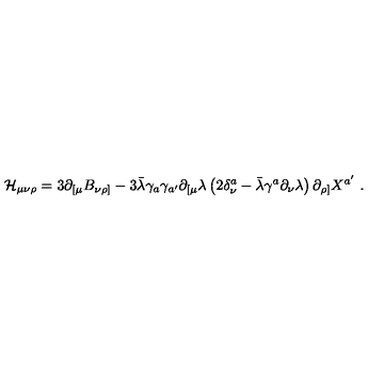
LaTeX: { \cal H } _ { \mu \nu \rho } = 3 \partial _ { [ \mu } B _ { \nu \rho ] } - 3 \bar { \lambda } \gamma _ { a } \gamma _ { a ^ { \prime } } \partial _ { [ \mu } \lambda \left( 2 \delta _ { \nu } ^ { a } - \bar { \lambda } \gamma ^ { a } \partial _ { \nu } \lambda \right) \partial _ { \rho ] } X ^ { a ^ { \prime } } \ .